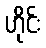
ဟိုင်း